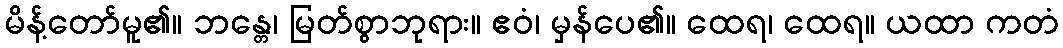
မိန့်တော်မူ၏။ ဘန္တေ၊ မြတ်စွာဘုရား။ ဧဝံ၊ မှန်ပေ၏။ ထေရ၊ ထေရ။ ယထာ ကတံ